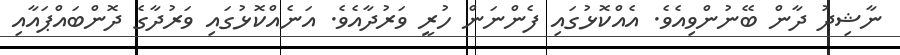
ނާޝިދު ދާން ބޭނުންވިއެވެ. އެއްކޮޅުގައި ފެންނަން ހުރީ ވަރުދާއެވެ. އަނެއްކޮޅުގައި ވަރުދާގެ ދޮންބައްޕައާއި